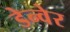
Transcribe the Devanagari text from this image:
डेन्वेर